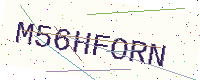
Text: M56HFORN